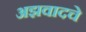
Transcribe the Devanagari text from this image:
अझवादचे